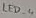
Text: LED_4